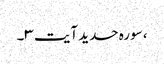
، سورہ حدید آیت ۳۔